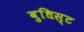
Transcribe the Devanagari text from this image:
बुधिस्ट